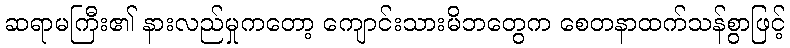
ဆရာမကြီး၏ နားလည်မှုကတော့ ကျောင်းသားမိဘတွေက စေတနာထက်သန်စွာဖြင့်